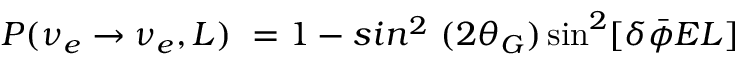
P ( \nu _ { e } \rightarrow \nu _ { e } , L ) \ = 1 - s i n ^ { 2 } \ ( 2 \theta _ { G } ) \sin ^ { 2 } [ \delta \bar { \phi } E L ]